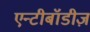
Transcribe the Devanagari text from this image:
एन्टीबॉडीज़